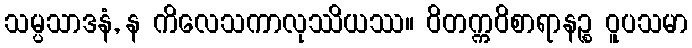
သမ္ပသာဒနံ, န ကိလေသကာလုဿိယဿ။ ဝိတက္ကဝိစာရာနဉ္စ ဝူပသမာ